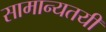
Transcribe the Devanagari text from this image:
सामान्यतयी